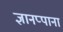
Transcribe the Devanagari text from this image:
ज्ञानप्पाना